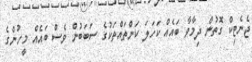
ޖެނެޓިކް ގޮތުން ދިމާވާ ބައެއް ކަހަލަ ކަންތައްތަކުގެ ސަބަބުން ވެސް ބައެއް މީހުންގެ